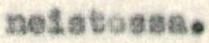
neistossa.